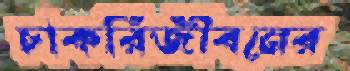
চাকরিজীবনের